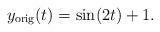
LaTeX: \begin{align*} y_{{\mathrm{orig}}}(t) = \sin(2t) + 1.\end{align*}